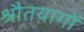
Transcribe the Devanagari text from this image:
श्रौतयागों